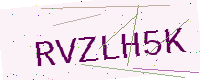
Text: RVZLH5K